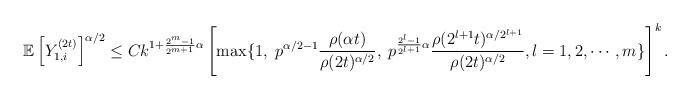
LaTeX: \begin{align*}\mathbb E\left[Y_{1,i}^{(2t)}\right]^{\alpha/2}\leq Ck^{1+\frac{2^m-1}{2^{m+1}}\alpha}\left[\max\{1,\; p^{\alpha/2-1}\frac{\rho(\alpha t)}{\rho(2t)^{\alpha/2}},\;p^{\frac{2^l-1}{2^{l+1}}\alpha}\frac{\rho(2^{l+1}t)^{\alpha/2^{l+1}}}{\rho(2t)^{\alpha/2}},l=1,2,\cdots,m\}\right]^k.\end{align*}